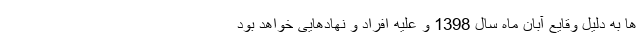
ها به دلیل وقایع آبان ماه سال 1398 و علیه افراد و نهادهایی خواهد بود